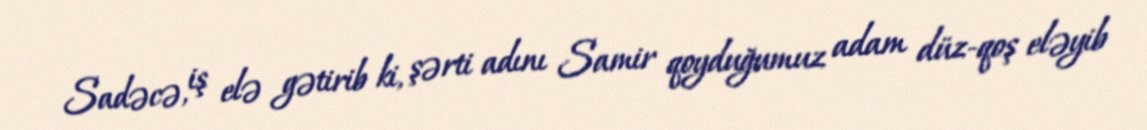
Sadəcə, iş elə gətirib ki, şərti adını Samir qoyduğumuz adam düz-qoş eləyib